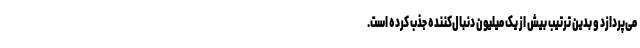
می‌پردازد و بدین ترتیب بیش از یک میلیون دنبال‌کننده جذب کرده است.